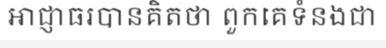
អាជ្ញាធរបានគិតថា ពួកគេទំនងជា